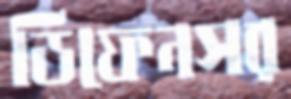
ডিফেনসর